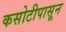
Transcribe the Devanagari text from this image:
कसोटीपासून